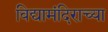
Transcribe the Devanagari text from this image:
विद्यामंदिराच्या